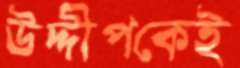
উদ্দীপকেই